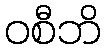
ဝစီဘိ